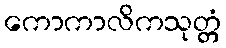
ကောကာလိကသုတ္တံ